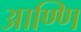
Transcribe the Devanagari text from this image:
आण्णि